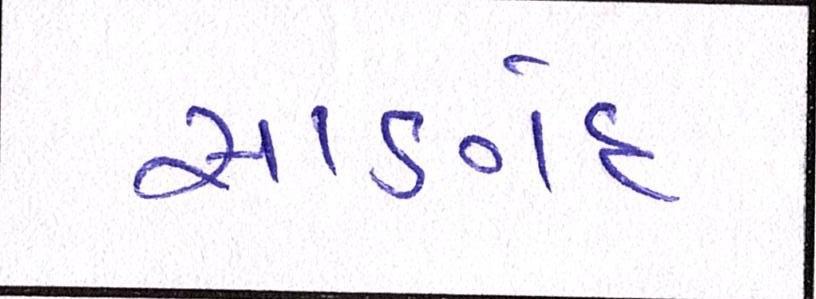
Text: સાણંદ